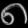
Digit: ၈